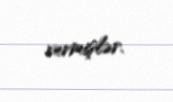
vermişlər.